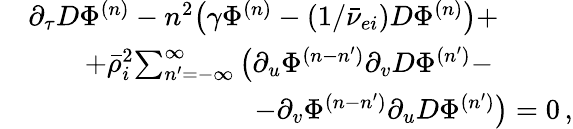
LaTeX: \begin{array}{rl}&{\partial_{\tau}D\Phi^{(n)}-n^{2}\big(\gamma\Phi^{(n)}-(1/\bar{\nu}_{ei})D\Phi^{(n)}\big)+}\\ &{\qquad+\bar{\rho}_{i}^{2}\! \sum_{n^{\prime}=-\infty}^{\infty}\big(\partial_{u}\Phi^{(n-n^{\prime})}\partial_{v}D\Phi^{(n^{\prime})}-}\\ &{\qquad\qquad\qquad\qquad-\partial_{v}\Phi^{(n-n^{\prime})}\partial_{u}D\Phi^{(n^{\prime})}\big)=0\, ,}\end{array}